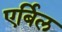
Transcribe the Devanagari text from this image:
एर्बिल